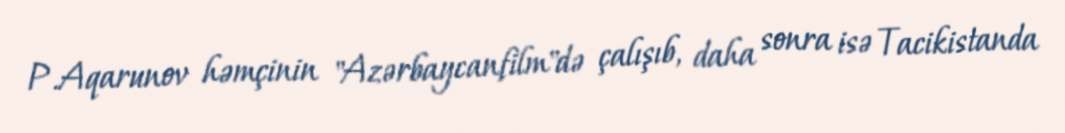
P.Aqarunov həmçinin "Azərbaycanfilm"də çalışıb, daha sonra isə Tacikistanda